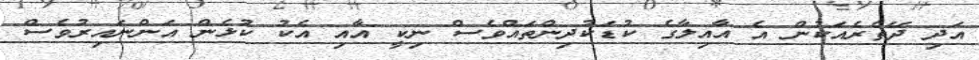
އަދި ދޭތެރެއަކުން އެ އާއިލާގެ ކުޑަކުދިންތައްވެސް ނިކީ އާއި އެކު ކުޅެން އަންނައިރުވެސް